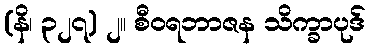
(နိ၊ ၃၂၇) ၂။ စီဝရဘာဇန သိက္ခာပုဒ်